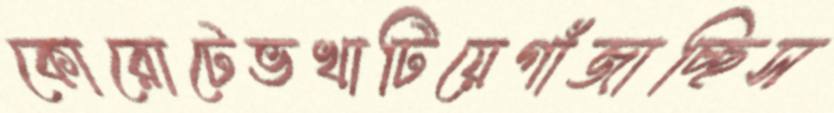
কোরোটেভখাটিয়েগাঁজাচ্ছিস